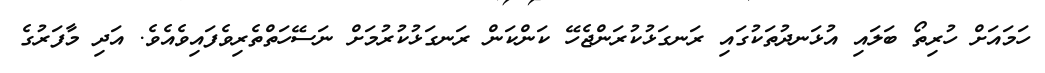
ހަމައަށް ހުރިތޯ ބަލައި އުޅަނދުތަކުގައި ރަނގަޅުކުރަންޖެހޭ ކަންކަން ރަނގަޅުކުރުމަށް ނަސޭހަތްތެރިވެފައިވެއެވެ. އަދި މާފަރުގެ